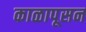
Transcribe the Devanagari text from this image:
काळापूसन